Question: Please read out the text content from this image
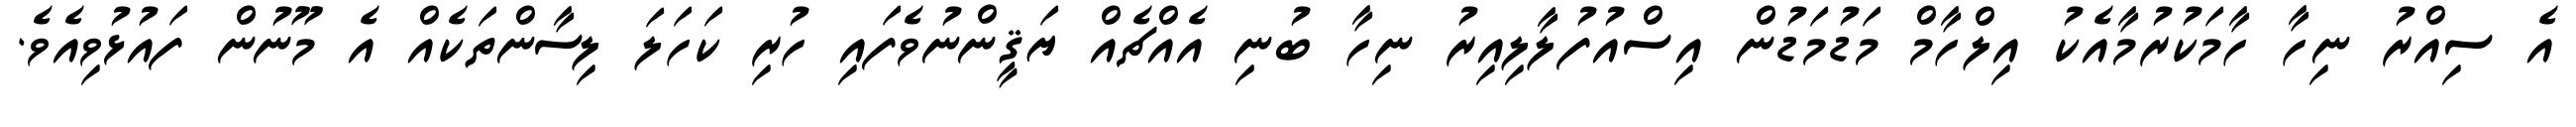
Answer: އެ ސިއްރު ނިހާ ހާމަކުރުމާއެކު އިލްހާމް މަޑުމަޑުން އިސްއުފުލާލިއިރު ނިހާ ބުނި އެއްޗެއް ޔަޤީންނުވެފައި ހުރި ކަހަލަ ލިސާންތަކެއް އެ މޫނުން ފައުޅުވިއެވެ.